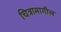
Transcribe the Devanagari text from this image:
चित्रामागील